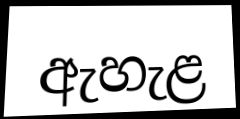
ඇහැළ